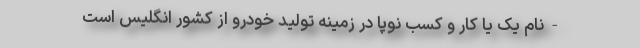
- نام یک یا کار و کسب نوپا در زمینه تولید خودرو از کشور انگلیس است